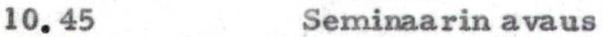
10.45 Seminaarin avaus